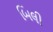
બિલી